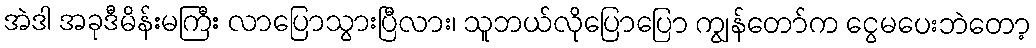
အဲဒါ အခုဒီမိန်းမကြီး လာပြောသွားပြီလား၊ သူဘယ်လိုပြောပြော ကျွန်တော်က ငွေမပေးဘဲတော့